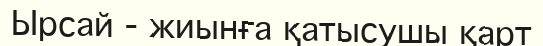
Ырсай - жиынға қатысушы қарт